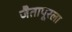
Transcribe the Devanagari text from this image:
जैतापूरला